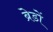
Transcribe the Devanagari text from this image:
ब्रेडों